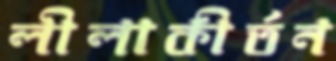
লীলাকীর্তন